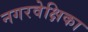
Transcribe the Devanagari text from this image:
नगरवेक्षिका